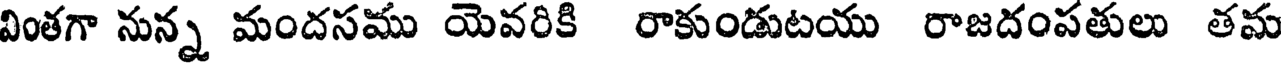
వింతగా నున్న మందసము యెవరికి రాకుండుటయు రాజదంపతులు తమ